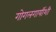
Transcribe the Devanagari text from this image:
गोगलगायींशी